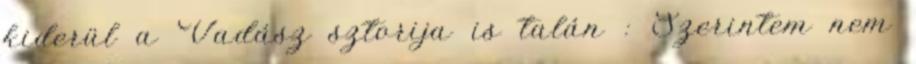
kiderül a Vadász sztorija is talán : Szerintem nem